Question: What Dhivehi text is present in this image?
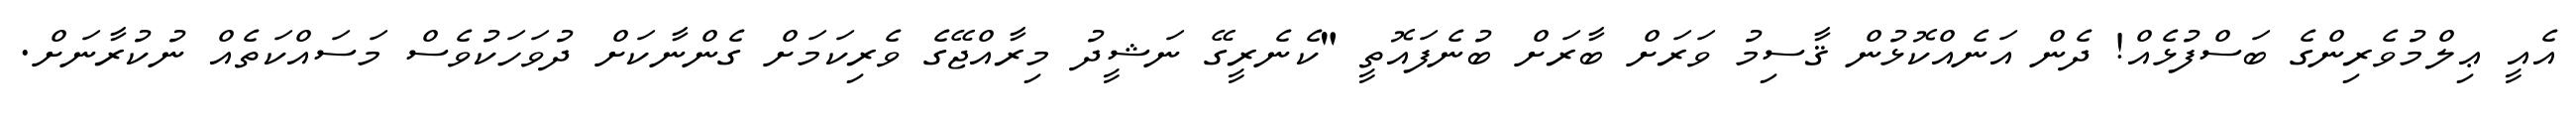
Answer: އެއީ ޢިލްމުވެރިންގެ ބަސްފުޅެއް! ދެން އަނެއްކޮޅުން ޤާސިމު ވަރަށް ބާރަށް ބުނެފައޮތީ "ކެނެރީގޭ ނަޝީދު މިރާއްޖޭގެ ވެރިކަމަށް ގެންނާކަށް ދުވަހަކުވެސް މަސައްކަތެއް ނުކުރާނަށް.